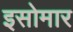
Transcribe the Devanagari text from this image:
इसोमार